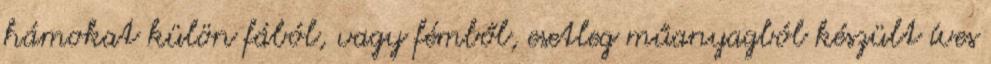
hámokat külön fából, vagy fémből, esetleg műanyagból készült íves